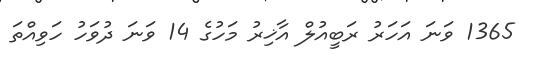
1365 ވަނަ އަހަރު ރަބީއުލް އާޚިރު މަހުގެ 14 ވަނަ ދުވަހު ހަވިއްތަ